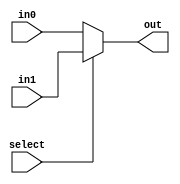
module mux_2_33_bit(out, select, in0, in1);

	input select;
	input [32:0] in0, in1;
	output [32:0] out;
	assign out = select ? in1 : in0;

endmodule